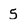
Character: 5